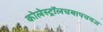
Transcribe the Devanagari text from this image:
कोलेस्ट्रॉलचयापचयज